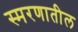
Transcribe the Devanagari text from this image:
स्मरणातील